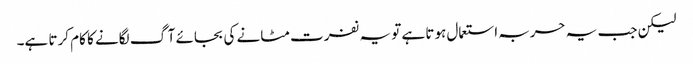
لیکن جب یہ حربہ استعمال ہوتا ہے تو یہ نفرت مٹانے کی بجائے آگ لگانے کا کام کرتا ہے۔